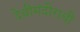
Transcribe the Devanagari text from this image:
देवीमंदीराची